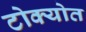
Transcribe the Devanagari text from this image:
टोक्योत